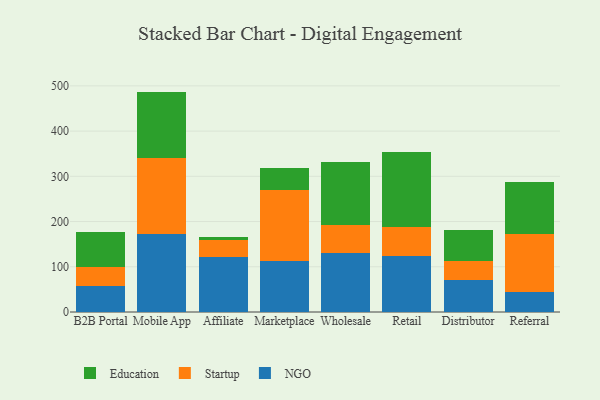
{"axis": {"x": "Channel", "y": "Website Visitors"}, "legend": ["Education", "NGO", "Startup"], "data": [{"x": "B2B Portal", "y": 57.8, "type": "NGO"}, {"x": "B2B Portal", "y": 40.7, "type": "Startup"}, {"x": "B2B Portal", "y": 79.4, "type": "Education"}, {"x": "Mobile App", "y": 172.7, "type": "NGO"}, {"x": "Mobile App", "y": 168.7, "type": "Startup"}, {"x": "Mobile App", "y": 145.9, "type": "Education"}, {"x": "Affiliate", "y": 121.4, "type": "NGO"}, {"x": "Affiliate", "y": 38.2, "type": "Startup"}, {"x": "Affiliate", "y": 7.2, "type": "Education"}, {"x": "Marketplace", "y": 112.2, "type": "NGO"}, {"x": "Marketplace", "y": 157.9, "type": "Startup"}, {"x": "Marketplace", "y": 48.5, "type": "Education"}, {"x": "Wholesale", "y": 129.9, "type": "NGO"}, {"x": "Wholesale", "y": 61.6, "type": "Startup"}, {"x": "Wholesale", "y": 139.4, "type": "Education"}, {"x": "Retail", "y": 123.9, "type": "NGO"}, {"x": "Retail", "y": 63.7, "type": "Startup"}, {"x": "Retail", "y": 165.9, "type": "Education"}, {"x": "Distributor", "y": 70.4, "type": "NGO"}, {"x": "Distributor", "y": 41.3, "type": "Startup"}, {"x": "Distributor", "y": 70.5, "type": "Education"}, {"x": "Referral", "y": 43.8, "type": "NGO"}, {"x": "Referral", "y": 127.8, "type": "Startup"}, {"x": "Referral", "y": 115.1, "type": "Education"}]}